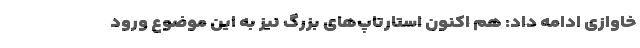
خاوازی ادامه داد: هم اکنون استارتاپ‌های بزرگ نیز به این موضوع ورود